Juvenile offences, 1941
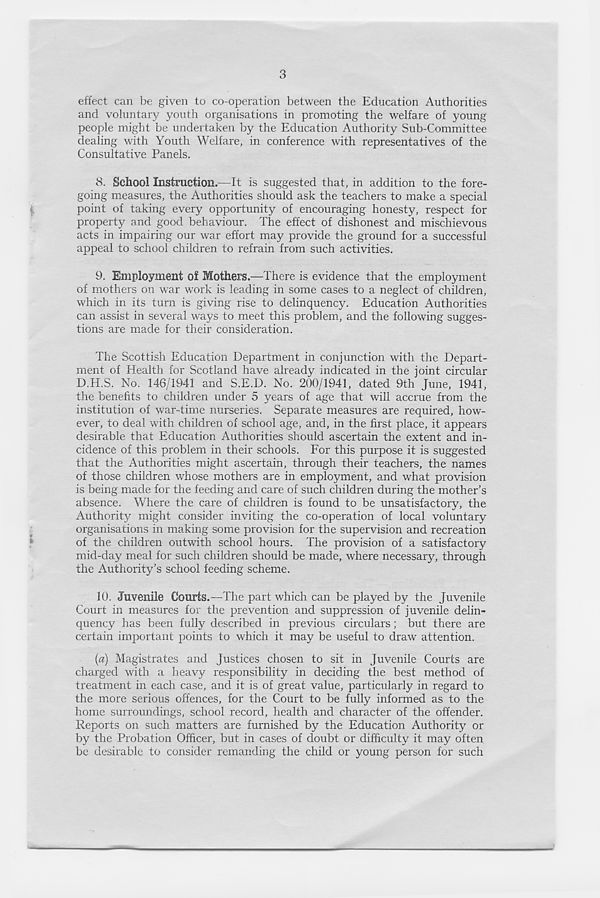
3
effect can be given to co-operation between the Education Authorities
and voluntary youth organisations in promoting the welfare of young
people might be undertaken by the Education Authority Sub-Committee
dealing with Youth Welfare, in conference with representatives of the
Consultative Panels.
8. School Instruction.—It is suggested that, in addition to the fore-
going measures, the Authorities should ask the teachers to make a special
point of taking every opportunity of encouraging honesty, respect for
property and good behaviour. The effect of dishonest and mischievous
acts in impairing our war effort may provide the ground for a successful
appeal to school children to refrain from such activities.
9. Employment of Mothers.—There is evidence that the employment
of mothers on war work is leading in some cases to a neglect of children,
which in its turn is giving rise to delinquency. Education Authorities
can assist in several ways to meet this problem, and the following sugges-
tions are made for their consideration.
The Scottish Education Department in conjunction with the Depart-
ment of Health for Scotland have already indicated in the joint circular
DTPS. No. 146/1941 and S.E.D. No. 200/1941, dated 9th June, 1941,
the benefits to children under 5 years of age that will accrue from the
institution of war-time nurseries. Separate measures are required, how-
ever, to deal with children of school age, and, in the first place, it appears
desirable that Education Authorities should ascertain the extent and in-
cidence of this problem in their schools. For this purpose it is suggested
that the Authorities might ascertain, through their teachers, the names
of those children whose mothers are in employment, a,nd what provision
is being made for the feeding and care of such children during the mother’s
absence. Where the care of children is found to be unsatisfactory, the
Authority might consider inviting the co-operation of local voluntary
organisations in making some provision for the supervision and recreation
of the children outwith school hours. The provision of a satisfactory
mid-day meal for such children should be made, where necessary, through
the Authority’s school feeding scheme.
10. Juvenile Courts.—The part which can be played by the Juvenile
Court in measures for the prevention and suppression of juvenile delin-
quency has been fully described in previous circulars; but there are
certain important points to which it may be useful to draw attention.
(a) Magistrates and Justices chosen to sit in Juvenile Courts are
charged with a heavy responsibility in deciding the best method of
treatment in each case, and it is of great value, particularly in regard to
the more serious offences, for the Court to be fully informed as to the
home surroundings, school record, health and character of the offender.
Reports on such matters are furnished by the Education Authority or
by the Probation Officer, but in cases of doubt or difficulty it may often
be desirable to consider remanding the child or young person for such